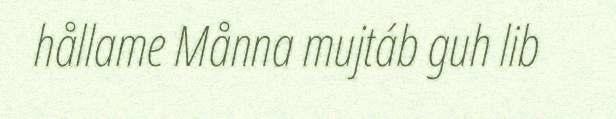
hållame Månna mujtáb guh lib